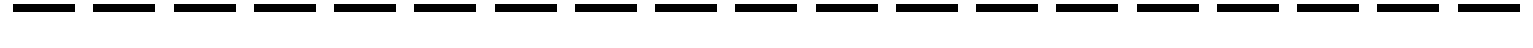
-------------------